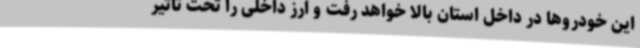
این خودروها در داخل استان بالا خواهد رفت و ارز داخلی را تحت تاثیر